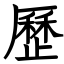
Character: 歷